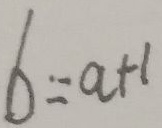
b = a + 1